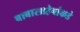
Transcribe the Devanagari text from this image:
बाबासाहेबांकडे